Bréfritari: Jakobína Jónsdóttir
Viðtakandi: Sólveig Jónsdóttir
Dagsetning: A-1882-10-16
Skrifað á: Bessastöðum  Gull.
systir bréfviðtakanda

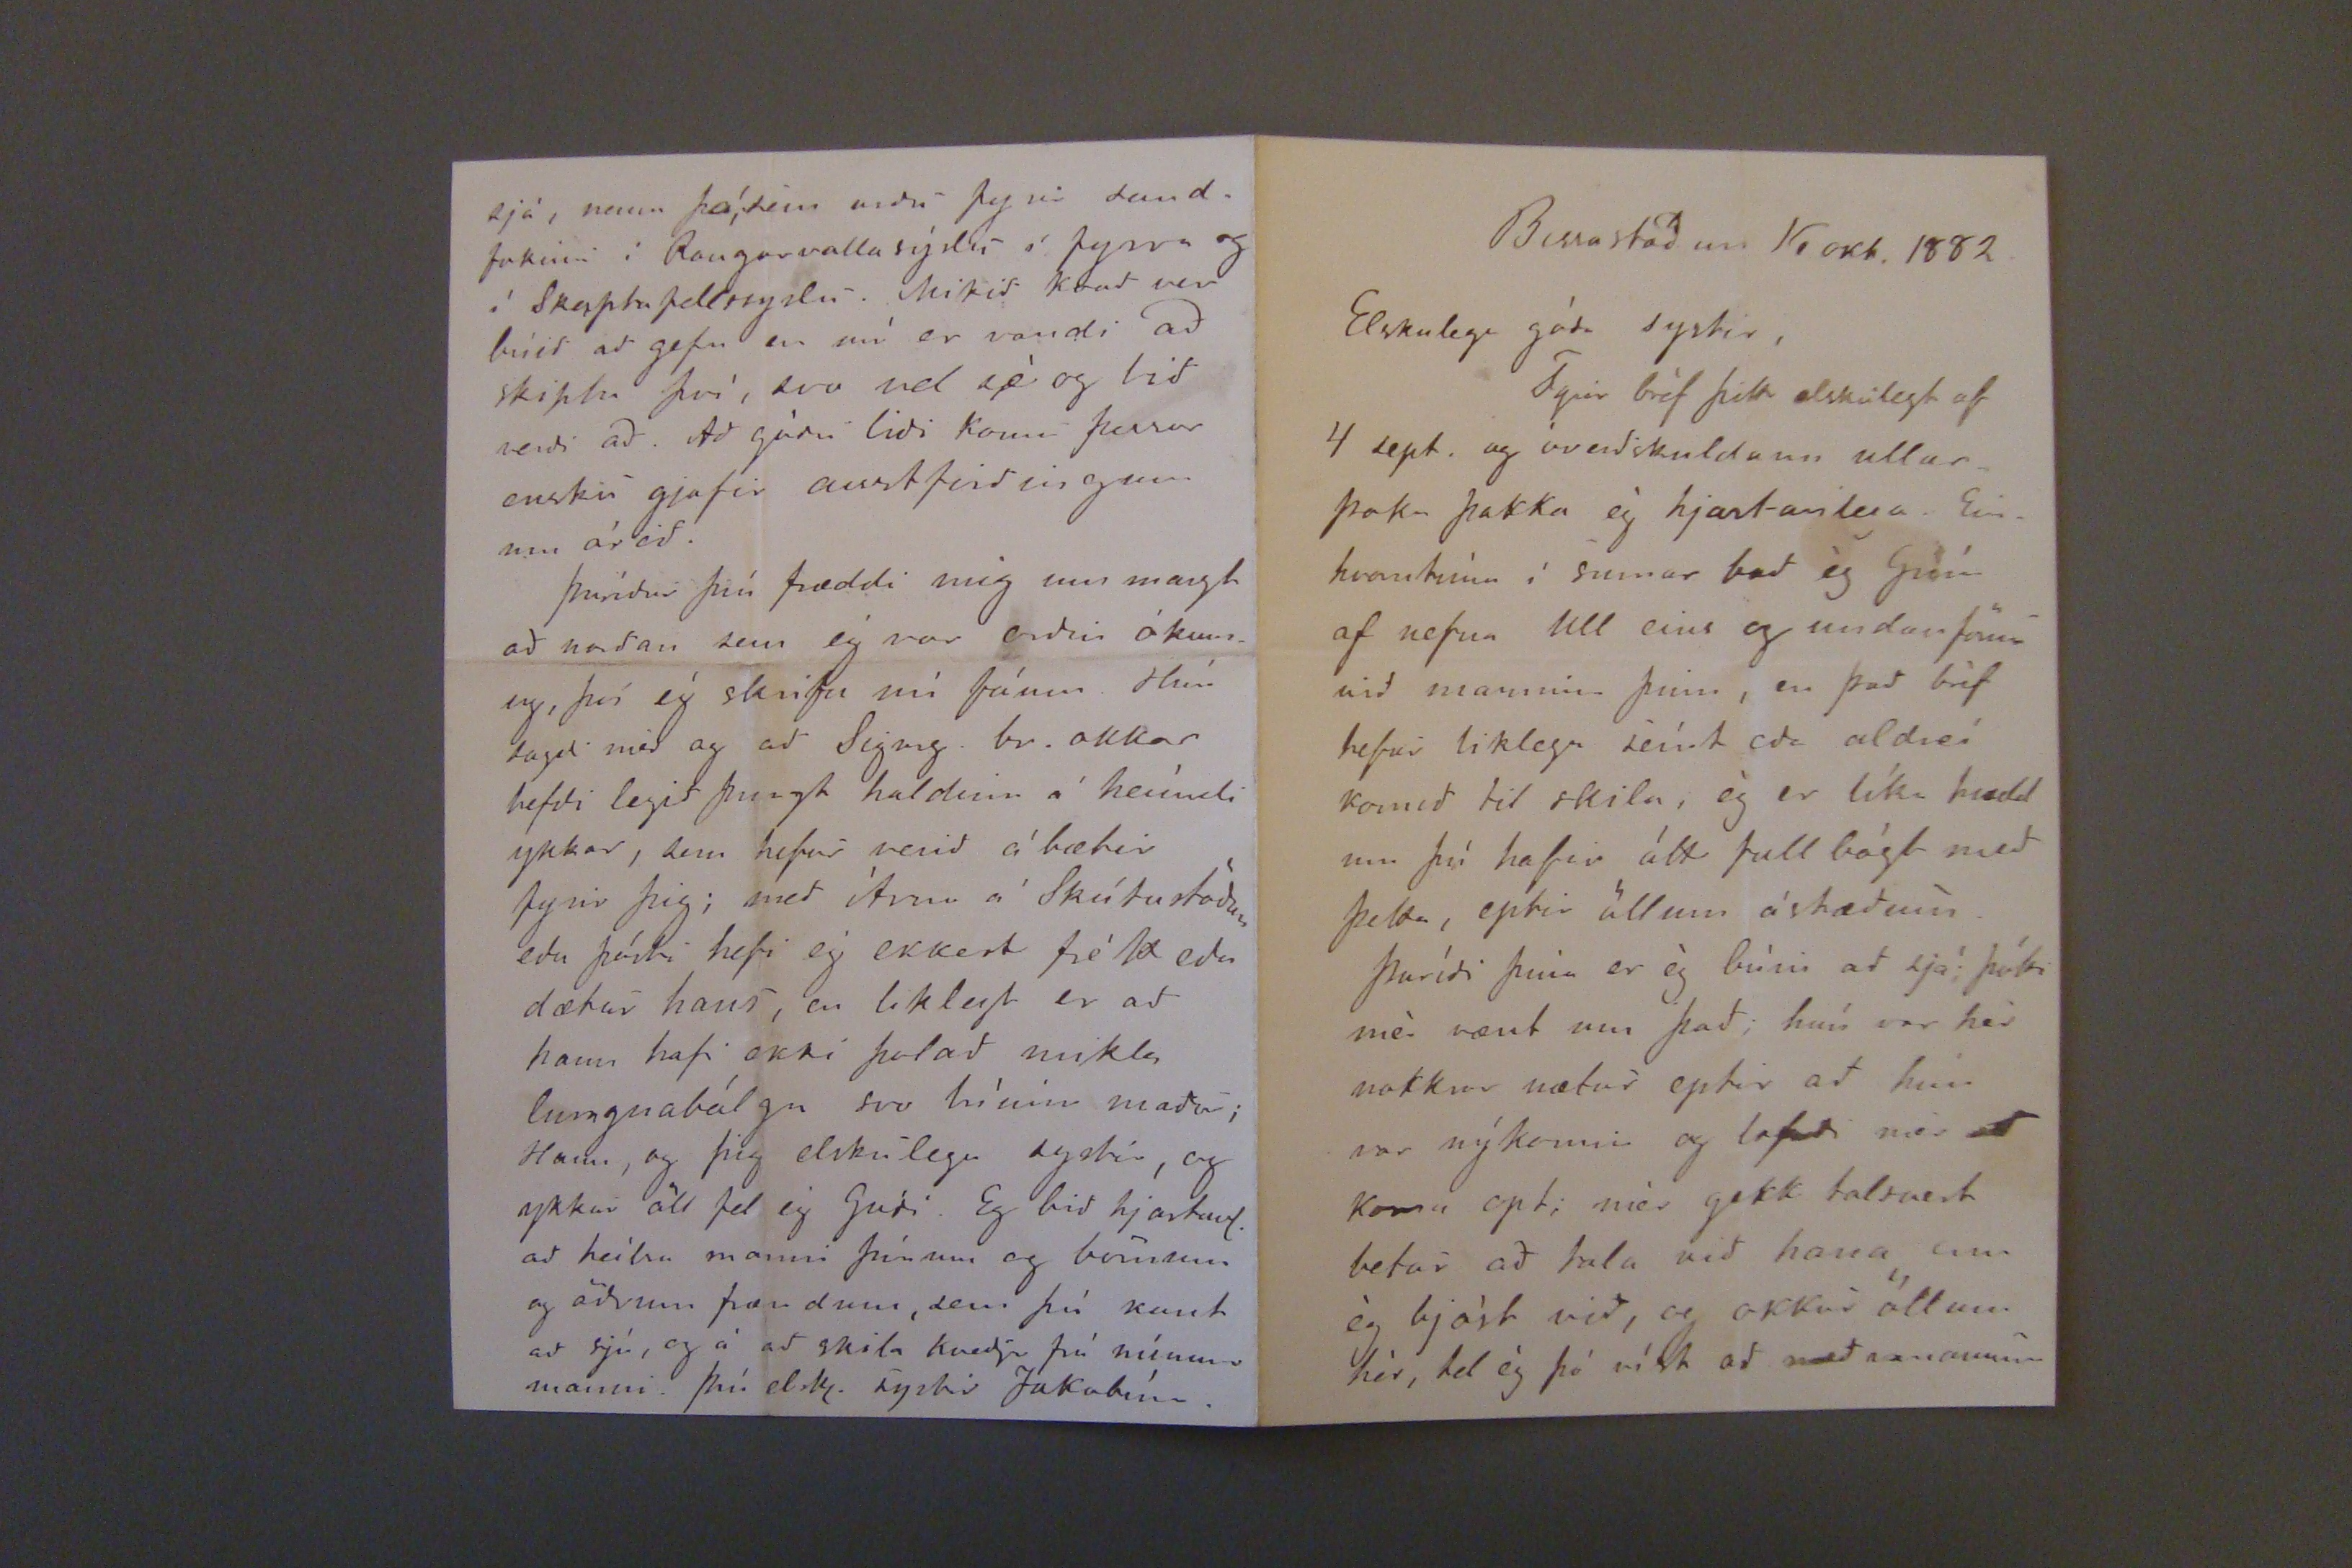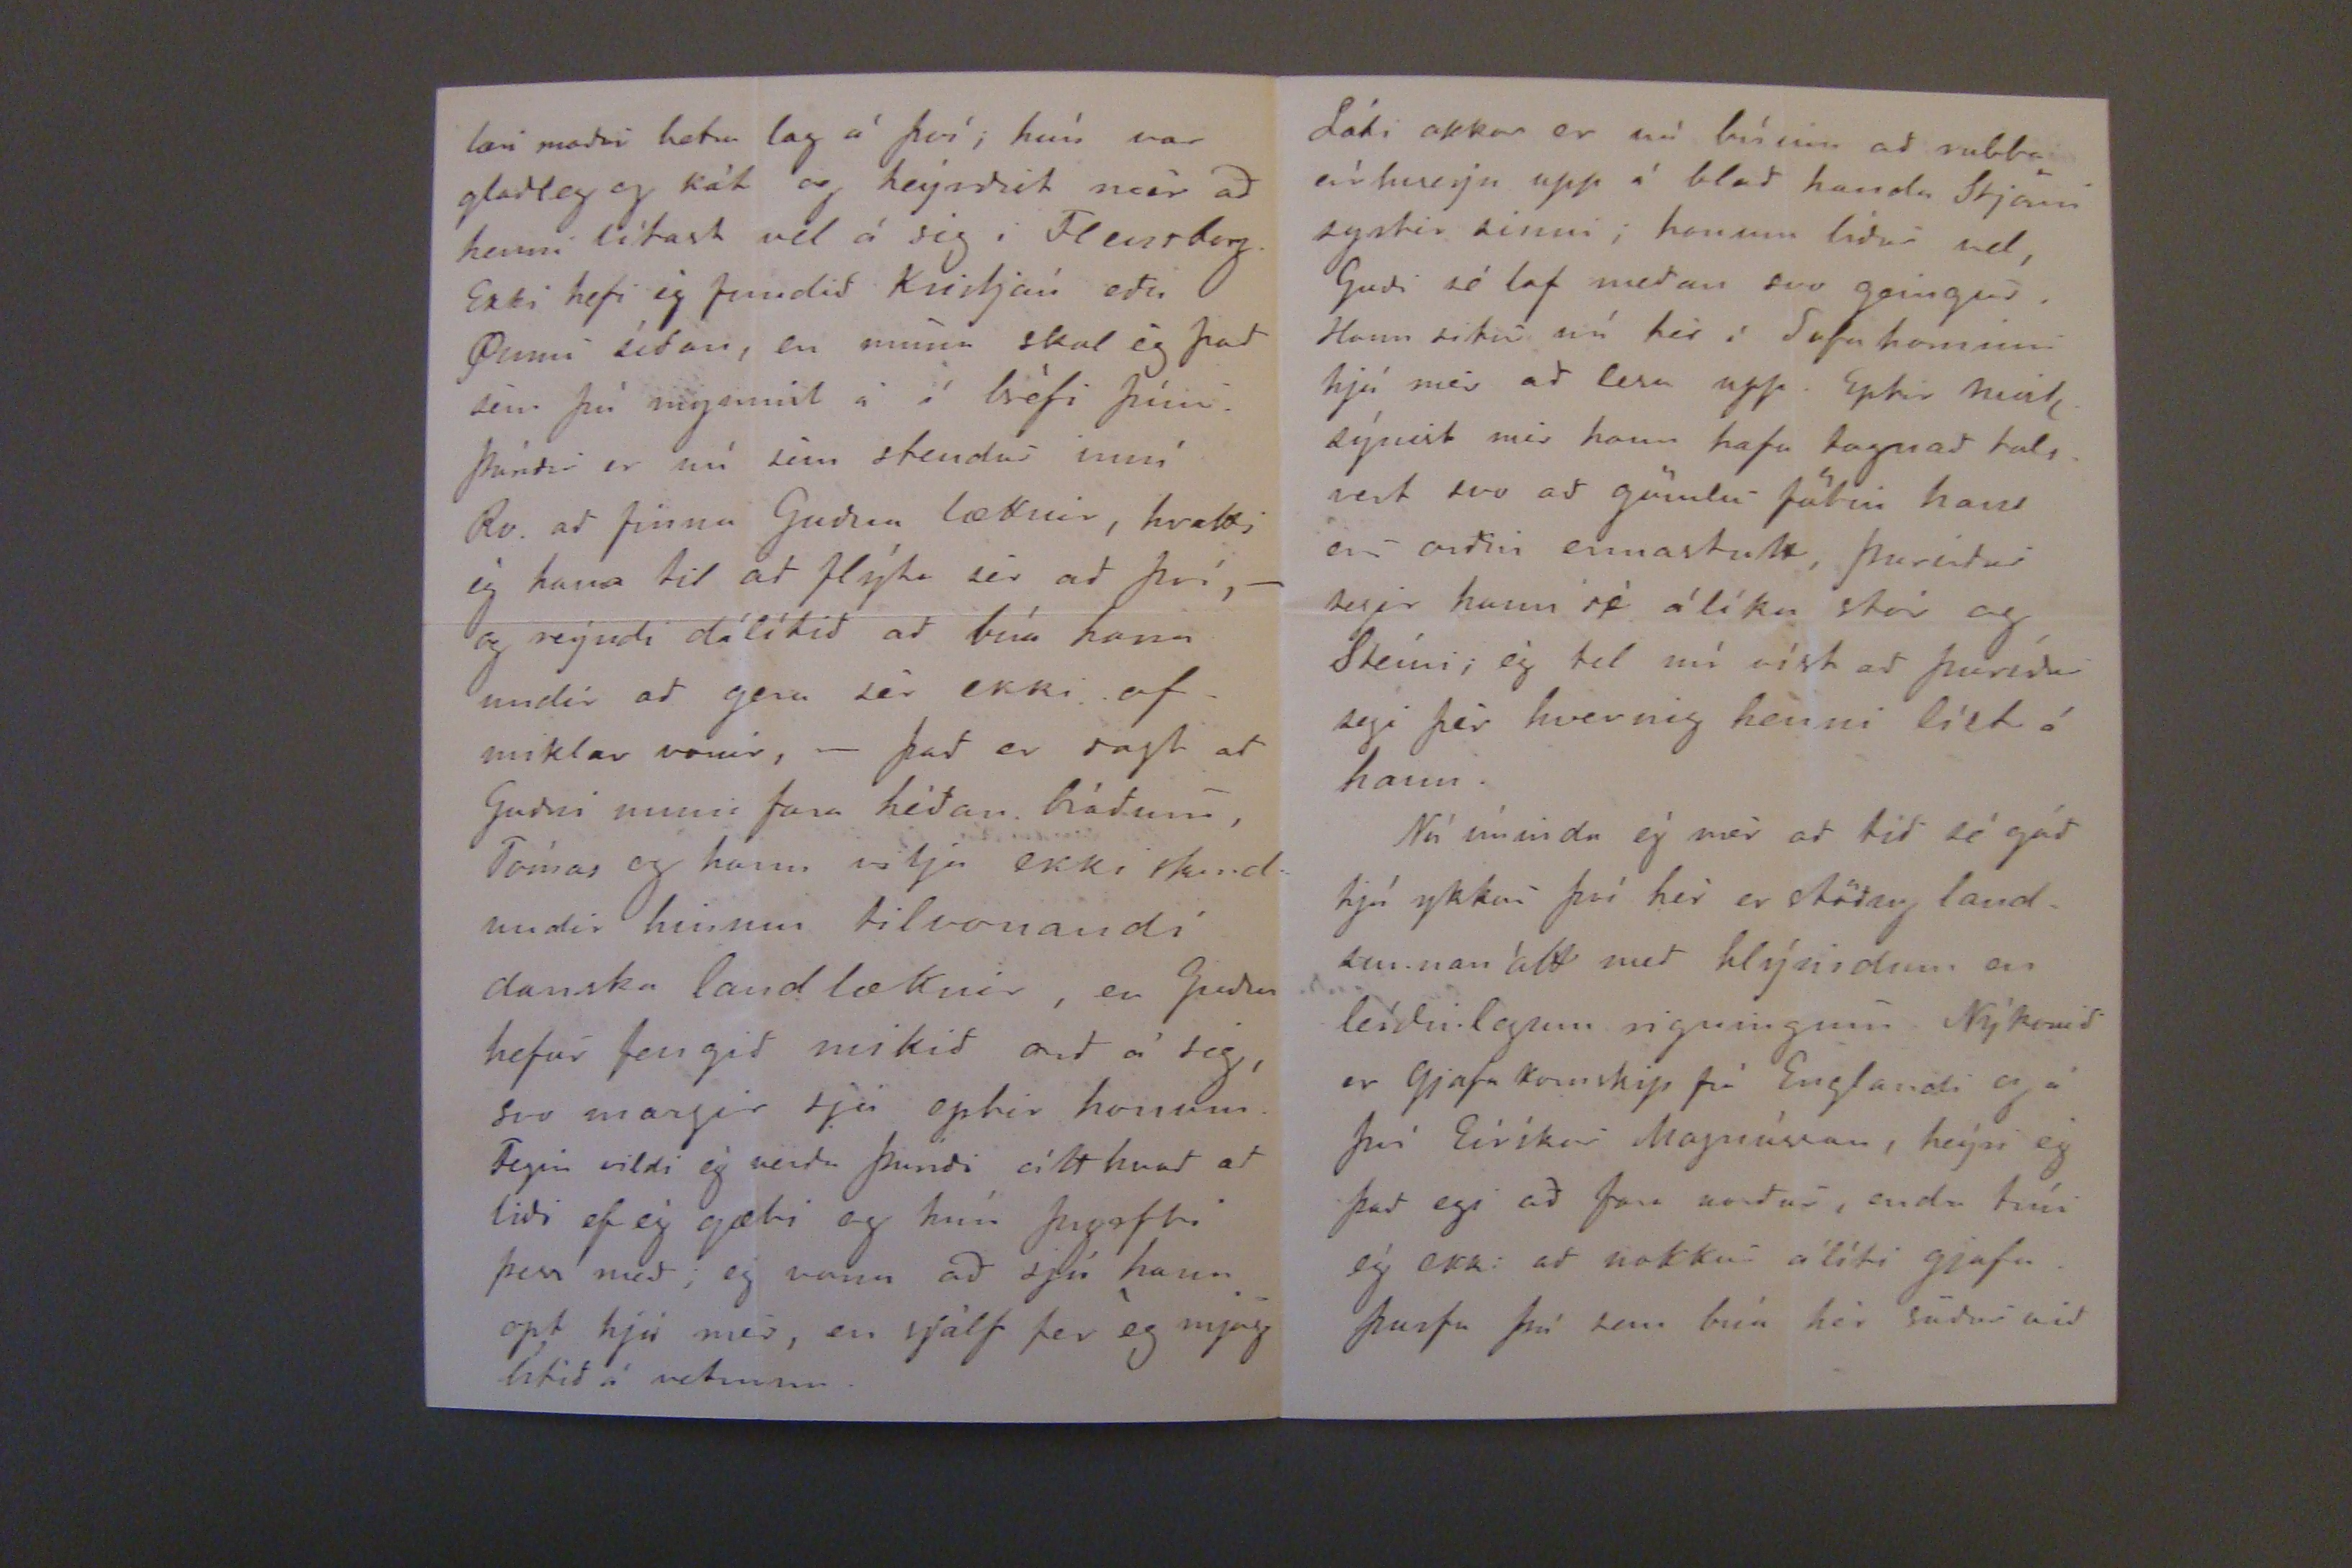

Bessastöðum 16 okt. 1882
Elskulega góða systir,
Fyrir bréf þitt elskulegt af 4 sept. og óverðskuldann ullarpoka þakka ég hjartanlega. Einhvorntíma í sumar bað ég Grím af nefna Ull eins og undanförum við manninn þinn, en það bréf hefur liklega seínt eða aldreí koið til skila, ég er líka hrædd um þú hafir átt full bágt með þetta, eptir öllum ástæðum.
Þuríði þina er ég búin að sjá; þótti mér vænt um það, hún var hér nokkur nætur eptir að hún var nýkomin og lofaði mér að koma opt; mér gekk talsvert betur að tala við hana enn ég bjóst við, og okkur öllum hér, tel ég þó víst að með manninum
læri maður betur lag á því, hún var glaðleg og kát og heýrðist mér að henni lítast vel á sig, Flensborg. Ekki hefi ég fundið Kristján eða Pinnu síðan, en núna skal ég það sem þú mynnist á í bréfi þínu. Þuríðir er nú sem stendur inní Rv. að finna Guðna læknir, hvatti ég hana til að flýta sér að því, -og reýndi dálítið að búa hana undir að gera sér ekki ofmiklar vonir,- það er sagt að Guðni muni fara héðan bráðum, Tómas og hann vilja ekki
skird
undir hinum tilvonandi danska landlæknir, en Guðni hefur fengið mikið orð á sig, svo margir sjá optir honum. Fegin vildi ég verða þuriði eítthvað að liði ef ég gæti og hún þyrfti þess með, eg vona að sjá hann opt hjá mér, en sjálf fer ég mjög lítið á veturnar.
sjá, nema þá, sem urðu fyrir sandfokinu í Rangarvallasýslu í fyrra og í Skaptafellssyslu. Mikið
Krað
var búið að gefa en nú er vandi að skipta því, svo vel sé og tið verði að. Að góðu liði komu þessar ensku gjafir austfirðingum um árið.
Þuríður þín fræddi mig um margt að norðan sem ég var orðin ókunnug, því ég skrifa nú fáum. Hún sagði mér og að Sigurg. br. okkar hefði legið þungt haldinn á heímili ykkar, sem hefur verið á bætir fyrir þig; með Árna á Skútustöðum eða pósti hefi eg ekkert frétt eða dætur hans, en liklegt er að hann hafi ekki þolað mikla lungnabólgu svo lúinn maður; Hann, og þig elskulega systir, og ykkur öll fel ég Guði. Eg bið hjartanl. að heílsa manni þínum og börnum og öðrum frændum, sem þú kant að sjá, og á að skila kveðju frá mínum manni. Þín elsk. systir Jakobína.
Láki okkar er nú búinn að rubba eínnhverju upp á blað handa Stjánu systir sinni; honum líður vel, Guði sé lof meðan svo geingur. Hann situr nú hér í Sofahorninu hjá mér að lesa upp. Eptir
mál,.
sýnist mér hann hafa tognað talsvert svo að gömlu fötin hans eru orðin ermastutt, Þuríður segir hann sé álíka stór og Steíni; ég tel nú víst að Þuríður segi þér hvernig henni líst á hann.
Nú íminda ég mér að tíð sé góð hjá ykkur því hér er stöðug landsunnan átt með hlýindum en leíðinlegum rigningum. Nýkomið er Gjafakomskip frá Englandi og á því Eiríkur Magnússon, heýri eg það egi að fara norður, enda trúi ég ekki að nokkur álíti gjafaþurfa þá sem búa hér suður við